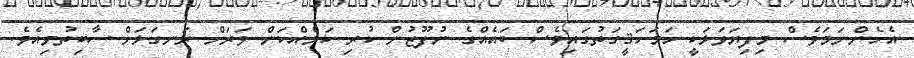
އެހެންނަމަވެސް މިފިޔަވަޅަކީ ހަމަހަޤީގަތުގައިވެސް ބައެއްގެ ނުފޫޒުން ކުރި ކަމެއްކަން ވަރަށް ރަނގަޅަށް ސާބިތުވިއެވެ.